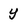
Character: y